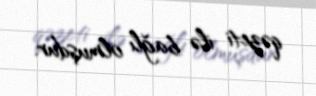
qəzeti ilə bağlı olmuşdur.